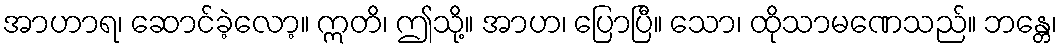
အာဟာရ၊ ဆောင်ခဲ့လော့။ ဣတိ၊ ဤသို့။ အာဟ၊ ပြောပြီ။ သော၊ ထိုသာမဏေသည်။ ဘန္တေ၊